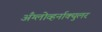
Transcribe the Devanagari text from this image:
अँग्लोव्हर्नाक्युलर